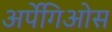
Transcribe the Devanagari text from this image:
अर्पेगिओस